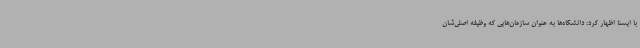
با ایسنا اظهار کرد: دانشگاه‌ها به عنوان سازمان‌هایی که وظیفه اصلی‌شان